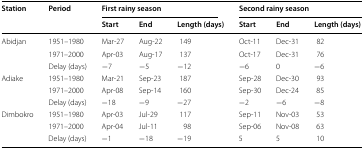
| <ROWSPAN=2> Station | <ROWSPAN=2> Period | <COLSPAN=3> First rainy season | <COLSPAN=3> Second rainy season |
 | Start | End | Length (days) | Start | End | Length (days) |
 | --- | --- | --- | --- | --- | --- | --- | --- |
 | <ROWSPAN=3> Abidjan | 1951–1980 | Mar-27 | Aug-22 | 149 | Oct-11 | Dec-31 | 82 |
 | 1971–2000 | Apr-03 | Aug-17 | 137 | Oct-17 | Dec-31 | 76 |
 | Delay (days) | −7 | −5 | −12 | −6 | 0 | −6 |
 | <ROWSPAN=3> Adiake | 1951–1980 | Mar-21 | Sep-23 | 187 | Sep-28 | Dec-30 | 93 |
 | 1971–2000 | Apr-08 | Sep-14 | 160 | Sep-30 | Dec-24 | 85 |
 | Delay (days) | −18 | −9 | −27 | −2 | −6 | −8 |
 | <ROWSPAN=3> Dimbokro | 1951–1980 | Apr-03 | Jul-29 | 117 | Sep-11 | Nov-03 | 53 |
 | 1971–2000 | Apr-04 | Jul-11 | 98 | Sep-06 | Nov-08 | 63 |
 | Delay (days) | −1 | −18 | −19 | 5 | 5 | 10 |